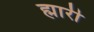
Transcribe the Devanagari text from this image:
ह्मारी